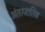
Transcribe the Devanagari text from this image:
अंतरजातिक